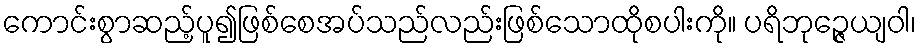
ကောင်းစွာဆည့်ပူ၍ဖြစ်စေအပ်သည်လည်းဖြစ်သောထိုစပါးကို။ ပရိဘုဉ္ဇေယျဝါ၊